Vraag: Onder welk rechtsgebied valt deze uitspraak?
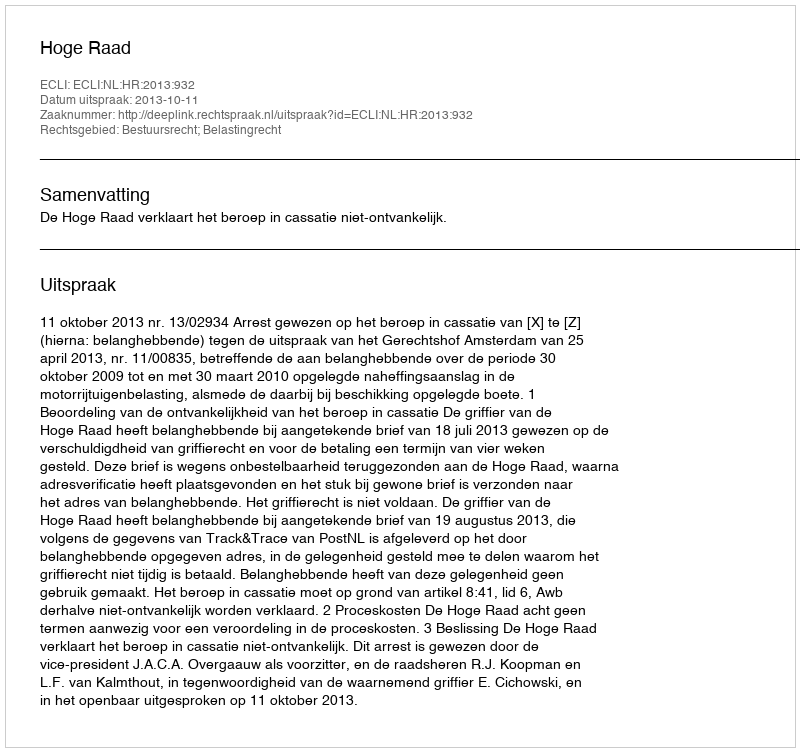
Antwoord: Bestuursrecht; Belastingrecht